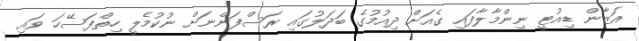
އަޒާން ޑިއުޓީ ނިންމާލާފައި ގެއަށް ދިއުމުގެ ބަދަލުގައި ރަސްފަންނަށް ނުކުމެލީ ހިތްފަސޭހަ ވައި